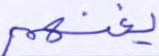
يغنهم